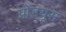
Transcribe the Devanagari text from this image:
प्रोडयूस